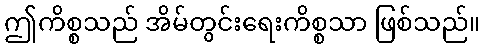
ဤကိစ္စသည် အိမ်တွင်းရေးကိစ္စသာ ဖြစ်သည်။